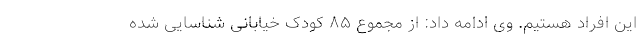
این افراد هستیم. وی ادامه داد: از مجموع ۸۵ کودک خیابانی شناسایی شده